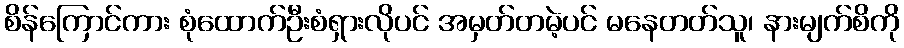
စိန်ကြောင်ကား စုံထောက်ဦးစံရှားလိုပင် အမှတ်တမဲ့ပင် မနေတတ်သူ၊ နားမျက်စိကို